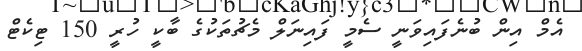
އެމް އިން ބުނެފައިވަނީ ސެމީ ފައިނަލް މެޗުތަކުގެ ބާކީ ހުރީ 150 ޓިކެޓް